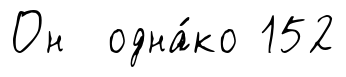
Он одна́ко 152